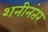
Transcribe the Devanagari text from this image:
शनीनंतर